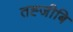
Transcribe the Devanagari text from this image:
तह्जीबि